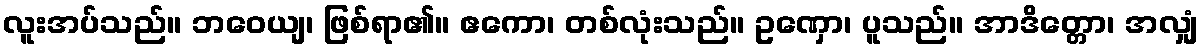
လူးအပ်သည်။ ဘဝေယျ၊ ဖြစ်ရာ၏။ ဧကော၊ တစ်လုံးသည်။ ဥဏှော၊ ပူသည်။ အာဒိတ္တော၊ အလျှံ